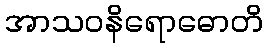
အာသဝနိရောဓောတိ